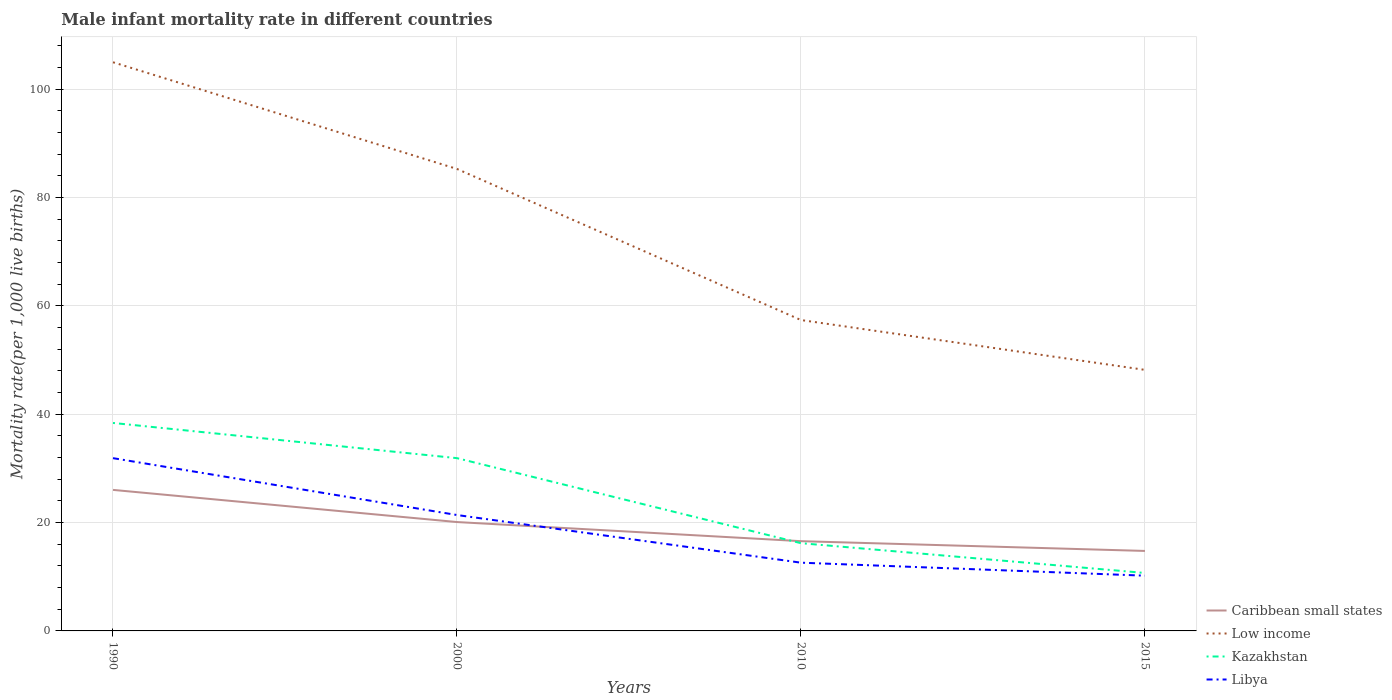
| Years | Caribbean small states | Low income | Kazakhstan | Libya |
 | --- | --- | --- | --- | --- |
 | 1990 | 26 | 105 | 38.4 | 31.9 |
 | 2000 | 20.1 | 85.3 | 31.9 | 21.4 |
 | 2010 | 16.6 | 57.4 | 16.2 | 12.6 |
 | 2015 | 14.8 | 48.2 | 10.7 | 10.2 |